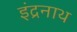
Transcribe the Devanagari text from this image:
इंद्रनाथ